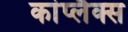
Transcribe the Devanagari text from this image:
कांप्लैक्स